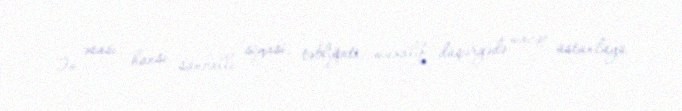
Ən əsası, hansı sanballı siyasi, təbliğati, müxalif düşərgədə mövqe üstünlüyü